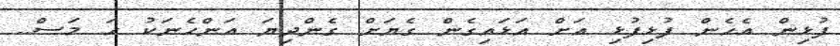
ފުޅިން އެހެން ފުޅިފުޅި އަށް އަޅައިގެން ގެޔަށް ގެންދިޔަ އަންހެނަކު ހަ މަސް..